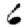
Digit: 6